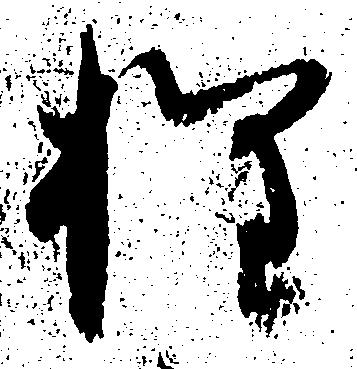
権